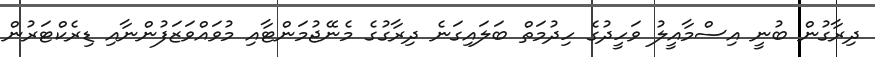
ދިރާގުން ބުނީ އިސްމާއީލު ވަހީދުގެ ހިދުމަތް ބަލައިގަނެ ދިރާގުގެ މެނޭޖުމަންޓާއި މުވައްވަޒަފުންނާއި ޑިރެކްޓަރުން